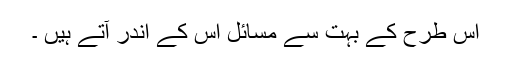
اس طرح کے بہت سے مسائل اس کے اندر آتے ہیں ۔